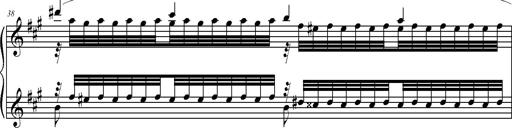
Title: 2 LÃ©gendes
Composer: Franz Liszt